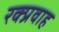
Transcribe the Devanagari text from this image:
रक्प्रवाह